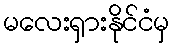
မလေးရှားနိုင်ငံမှ